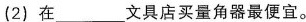
(2)在___文具店买量角器最便宜。